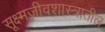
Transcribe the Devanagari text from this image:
सूक्ष्मजीवशास्त्रातील